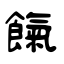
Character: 餼